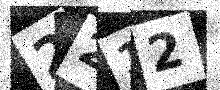
Text: 2212